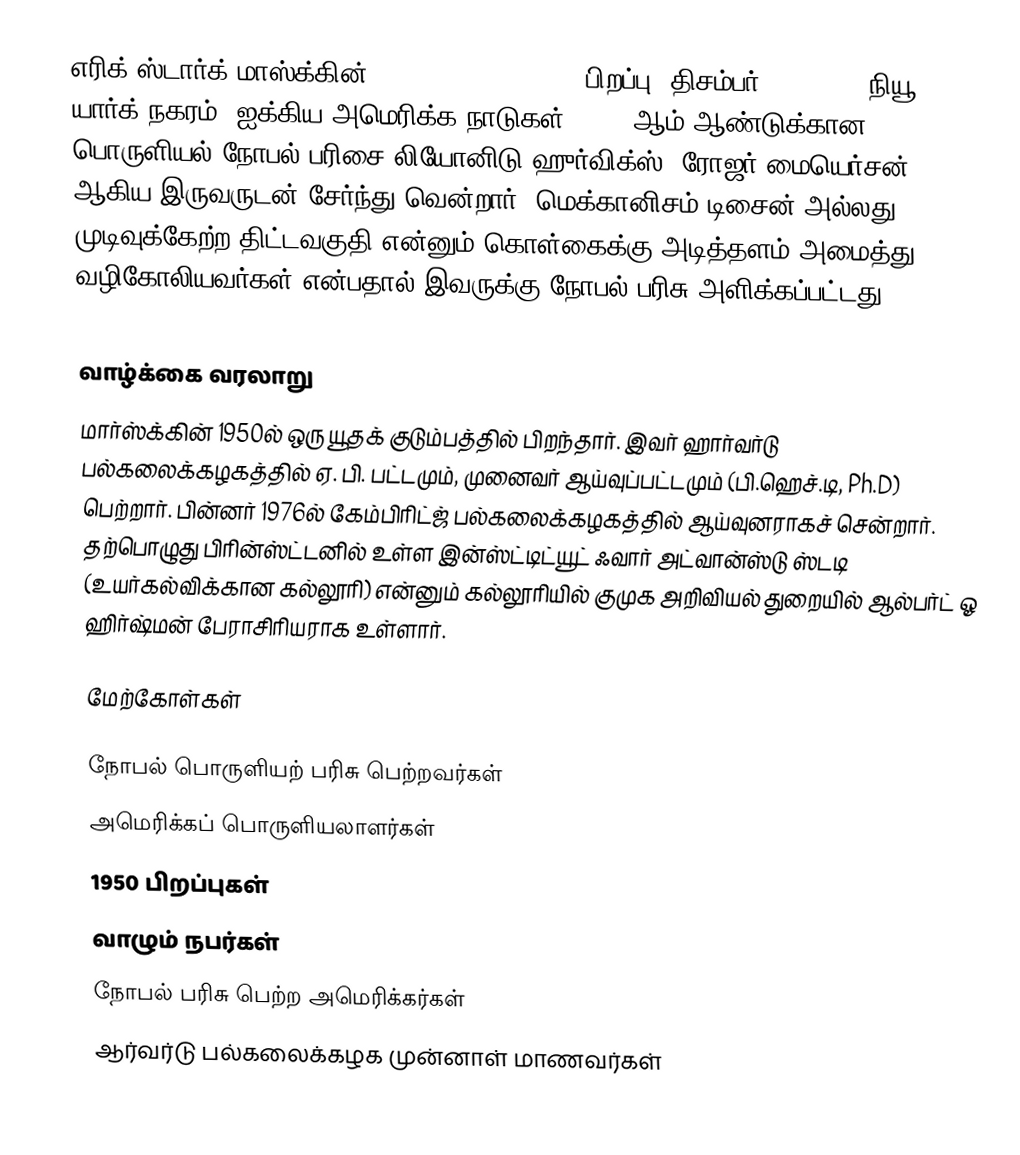
எரிக் ஸ்டார்க் மாஸ்க்கின் (Eric Stark Maskin) (பிறப்பு: திசம்பர் 12, 1950, நியூ யார்க் நகரம், ஐக்கிய அமெரிக்க நாடுகள்) 2007 ஆம் ஆண்டுக்கான பொருளியல் நோபல் பரிசை லியோனிடு ஹுர்விக்ஸ், ரோஜர் மையெர்சன் ஆகிய இருவருடன் சேர்ந்து வென்றார். மெக்கானிசம் டிசைன் அல்லது முடிவுக்கேற்ற திட்டவகுதி என்னும் கொள்கைக்கு அடித்தளம் அமைத்து வழிகோலியவர்கள் என்பதால் இவருக்கு நோபல் பரிசு அளிக்கப்பட்டது.("for having laid the foundations of mechanism design theory.")

வாழ்க்கை வரலாறு
மார்ஸ்க்கின் 1950ல் ஒரு யூதக் குடும்பத்தில் பிறந்தார். இவர் ஹார்வர்டு பல்கலைக்கழகத்தில் ஏ. பி. பட்டமும், முனைவர் ஆய்வுப்பட்டமும் (பி.ஹெச்.டி, Ph.D) பெற்றார். பின்னர் 1976ல் கேம்பிரிட்ஜ் பல்கலைக்கழகத்தில் ஆய்வுனராகச் சென்றார். தற்பொழுது பிரின்ஸ்ட்டனில் உள்ள இன்ஸ்ட்டிட்யூட் ஃவார் அட்வான்ஸ்டு ஸ்டடி (உயர்கல்விக்கான கல்லூரி) என்னும் கல்லூரியில் குமுக அறிவியல் துறையில் ஆல்பர்ட் ஓ ஹிர்ஷ்மன் பேராசிரியராக உள்ளார்.

மேற்கோள்கள்

நோபல் பொருளியற் பரிசு பெற்றவர்கள்
அமெரிக்கப் பொருளியலாளர்கள்
1950 பிறப்புகள்
வாழும் நபர்கள்
நோபல் பரிசு பெற்ற அமெரிக்கர்கள்
ஆர்வர்டு பல்கலைக்கழக முன்னாள் மாணவர்கள்